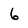
Character: 6